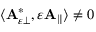
\begin{array} { r } { \langle \mathbf { A } _ { \varepsilon \perp } ^ { * } , \varepsilon \mathbf { A } _ { \parallel } \rangle \neq 0 } \end{array}